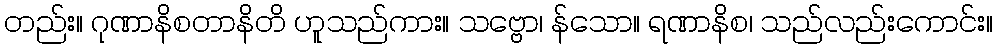
တည်း။ ဂုဏာနိစတာနိတိ ဟူသည်ကား။ သဗ္ဗော၊ န်သော။ ရဏာနိစ၊ သည်လည်းကောင်း။